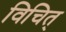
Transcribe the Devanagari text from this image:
विचित्